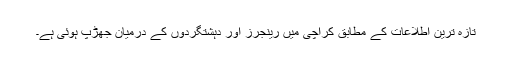
تازہ ترین اطلاعات کے مطابق کراچی میں رینجرز اور دہشتگردوں کے درمیان جھڑپ ہوئی ہے۔